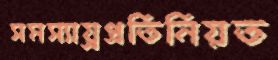
সমস্যায়্রপ্রতিনিয়ত